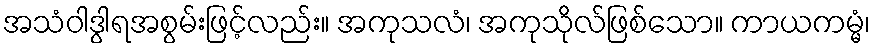
အသံဝါဒွါရအစွမ်းဖြင့်လည်း။ အကုသလံ၊ အကုသိုလ်ဖြစ်သော။ ကာယကမ္မံ၊